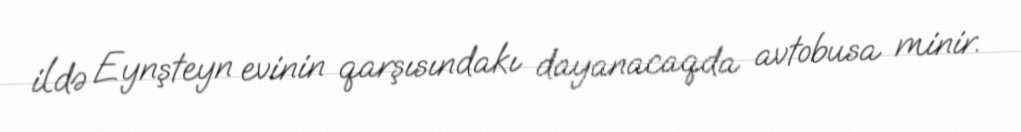
ildə Eynşteyn evinin qarşısındakı dayanacaqda avtobusa minir.